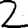
Digit: 2